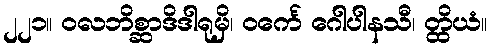
၂၂၁။ ဝလဘိစ္ဆာဒိဒါရုမှိ၊ ဝင်္ကေ ဂေါပါနသီ၊ တ္ထိယံ။